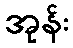
အုန်း